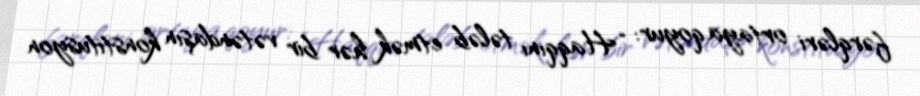
fərqləri ortaya qoyur: “Haqqını tələb etmək hər bir vətəndaşın konstitusyon